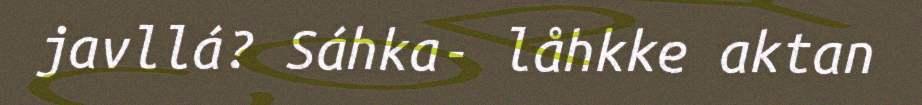
javllá? Sáhka- låhkke aktan